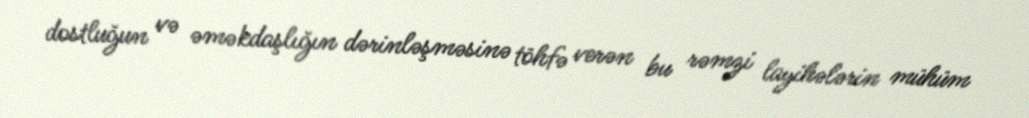
dostluğun və əməkdaşlığın dərinləşməsinə töhfə verən bu rəmzi layihələrin mühüm